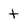
Character: t